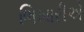
ભિખારીએ